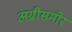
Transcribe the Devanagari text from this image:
अग्नीसमोर